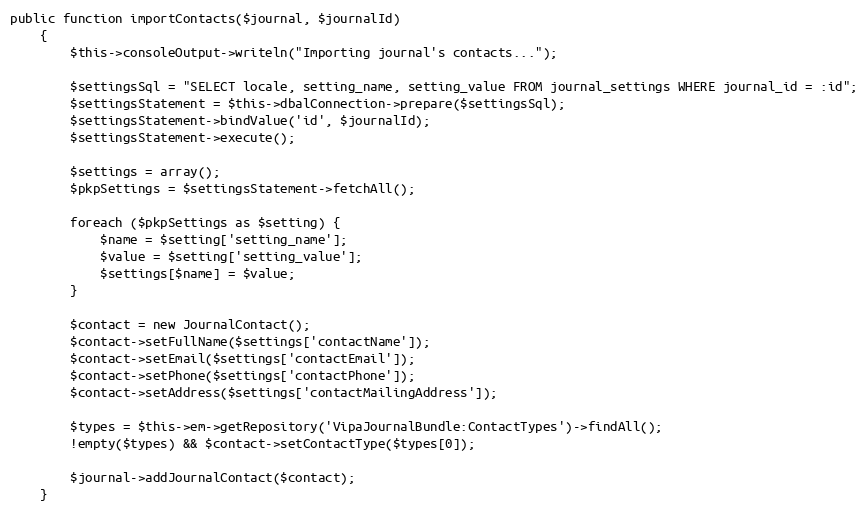
Language: PHP
public function importContacts($journal, $journalId)
    {
        $this->consoleOutput->writeln("Importing journal's contacts...");

        $settingsSql = "SELECT locale, setting_name, setting_value FROM journal_settings WHERE journal_id = :id";
        $settingsStatement = $this->dbalConnection->prepare($settingsSql);
        $settingsStatement->bindValue('id', $journalId);
        $settingsStatement->execute();

        $settings = array();
        $pkpSettings = $settingsStatement->fetchAll();

        foreach ($pkpSettings as $setting) {
            $name = $setting['setting_name'];
            $value = $setting['setting_value'];
            $settings[$name] = $value;
        }

        $contact = new JournalContact();
        $contact->setFullName($settings['contactName']);
        $contact->setEmail($settings['contactEmail']);
        $contact->setPhone($settings['contactPhone']);
        $contact->setAddress($settings['contactMailingAddress']);

        $types = $this->em->getRepository('VipaJournalBundle:ContactTypes')->findAll();
        !empty($types) && $contact->setContactType($types[0]);

        $journal->addJournalContact($contact);
    }